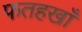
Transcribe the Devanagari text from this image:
फतहखाँ